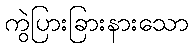
ကွဲပြားခြားနားသော